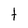
Character: t